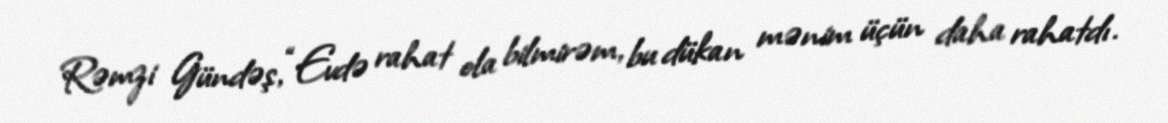
Rəmzi Gündəş, “Evdə rahat ola bilmirəm, bu dükan mənim üçün daha rahatdı.